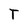
Character: T